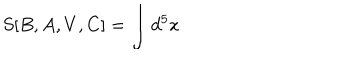
S [ B , A , V , C ] = \int d ^ { 5 } x